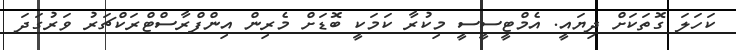
ކަހަލަ ގޮތަކަށް ދިޔައީ. އެމްޓީސީސީ މިކުރާ ކަމަކީ ބޮޑަށް މެރިން އިންފްރާސްޓްރަކްޗަރު ވަރުގަދަ